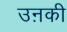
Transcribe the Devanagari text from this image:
उऩकी